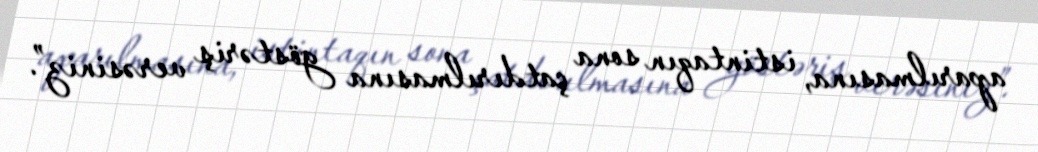
aparılmasına, istintaqın sona çatdırılmasına göstəriş verəsiniz”.